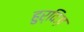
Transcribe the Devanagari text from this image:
हुर्विज़